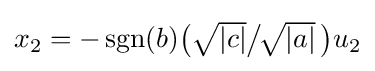
\textstyle x_{2}=-\operatorname {sgn} (b){\bigl (}{\sqrt {\vert c\vert }}{\big /}\!{\sqrt {\vert a\vert }}~\!{\bigr )}u_{2}